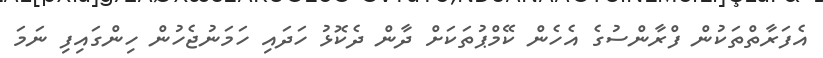
އެފަރާތްތަކުން ފްރާންސުގެ އެހެން ކޭމްޕުތަކަށް ދާން ދެކޮޅު ހަދައި ހަމަނުޖެހުން ހިންގައިފި ނަމަ